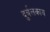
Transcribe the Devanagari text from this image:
दुर्बलकाय